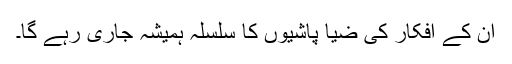
ان کے افکار کی ضیا پاشیوں کا سلسلہ ہمیشہ جاری رہے گا۔